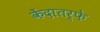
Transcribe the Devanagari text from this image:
केंदातर्फे